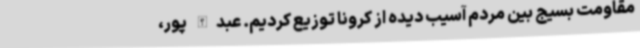
مقاومت بسیج بین مردم آسیب دیده از کرونا توزیع کردیم. عبدالله پور،